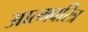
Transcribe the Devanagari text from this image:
आत्मवरित्र